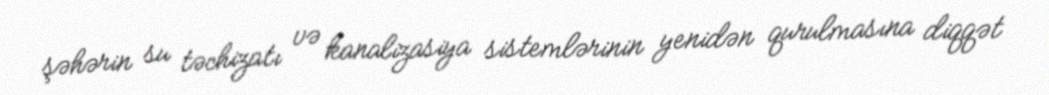
şəhərin su təchizatı və kanalizasiya sistemlərinin yenidən qurulmasına diqqət